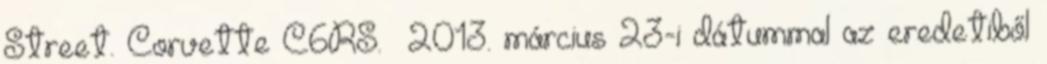
Street. Corvette C6RS. 2013. március 23-i dátummal az eredetiből